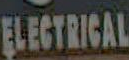
ELECTRICAL